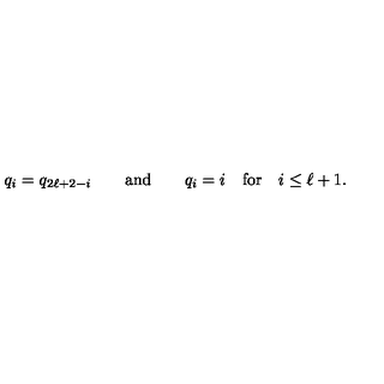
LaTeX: q _ { i } = q _ { 2 \ell + 2 - i } \qquad \mathrm { a n d } \qquad q _ { i } = i \quad \mathrm { f o r } \quad i \leq \ell + 1 .